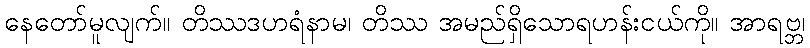
နေတော်မူလျက်။ တိဿဒဟရံနာမ၊ တိဿ အမည်ရှိသောရဟန်းငယ်ကို။ အာရဗ္ဘ၊